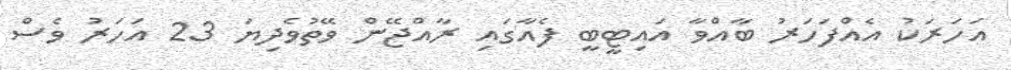
އަހަރަކު އެއްފަހަރު ބާއްވާ އައިޓީބީ ފެއާގައި ރާއްޖޭން ވޭތުވެދިޔަ 23 އަހަރު ވެސް